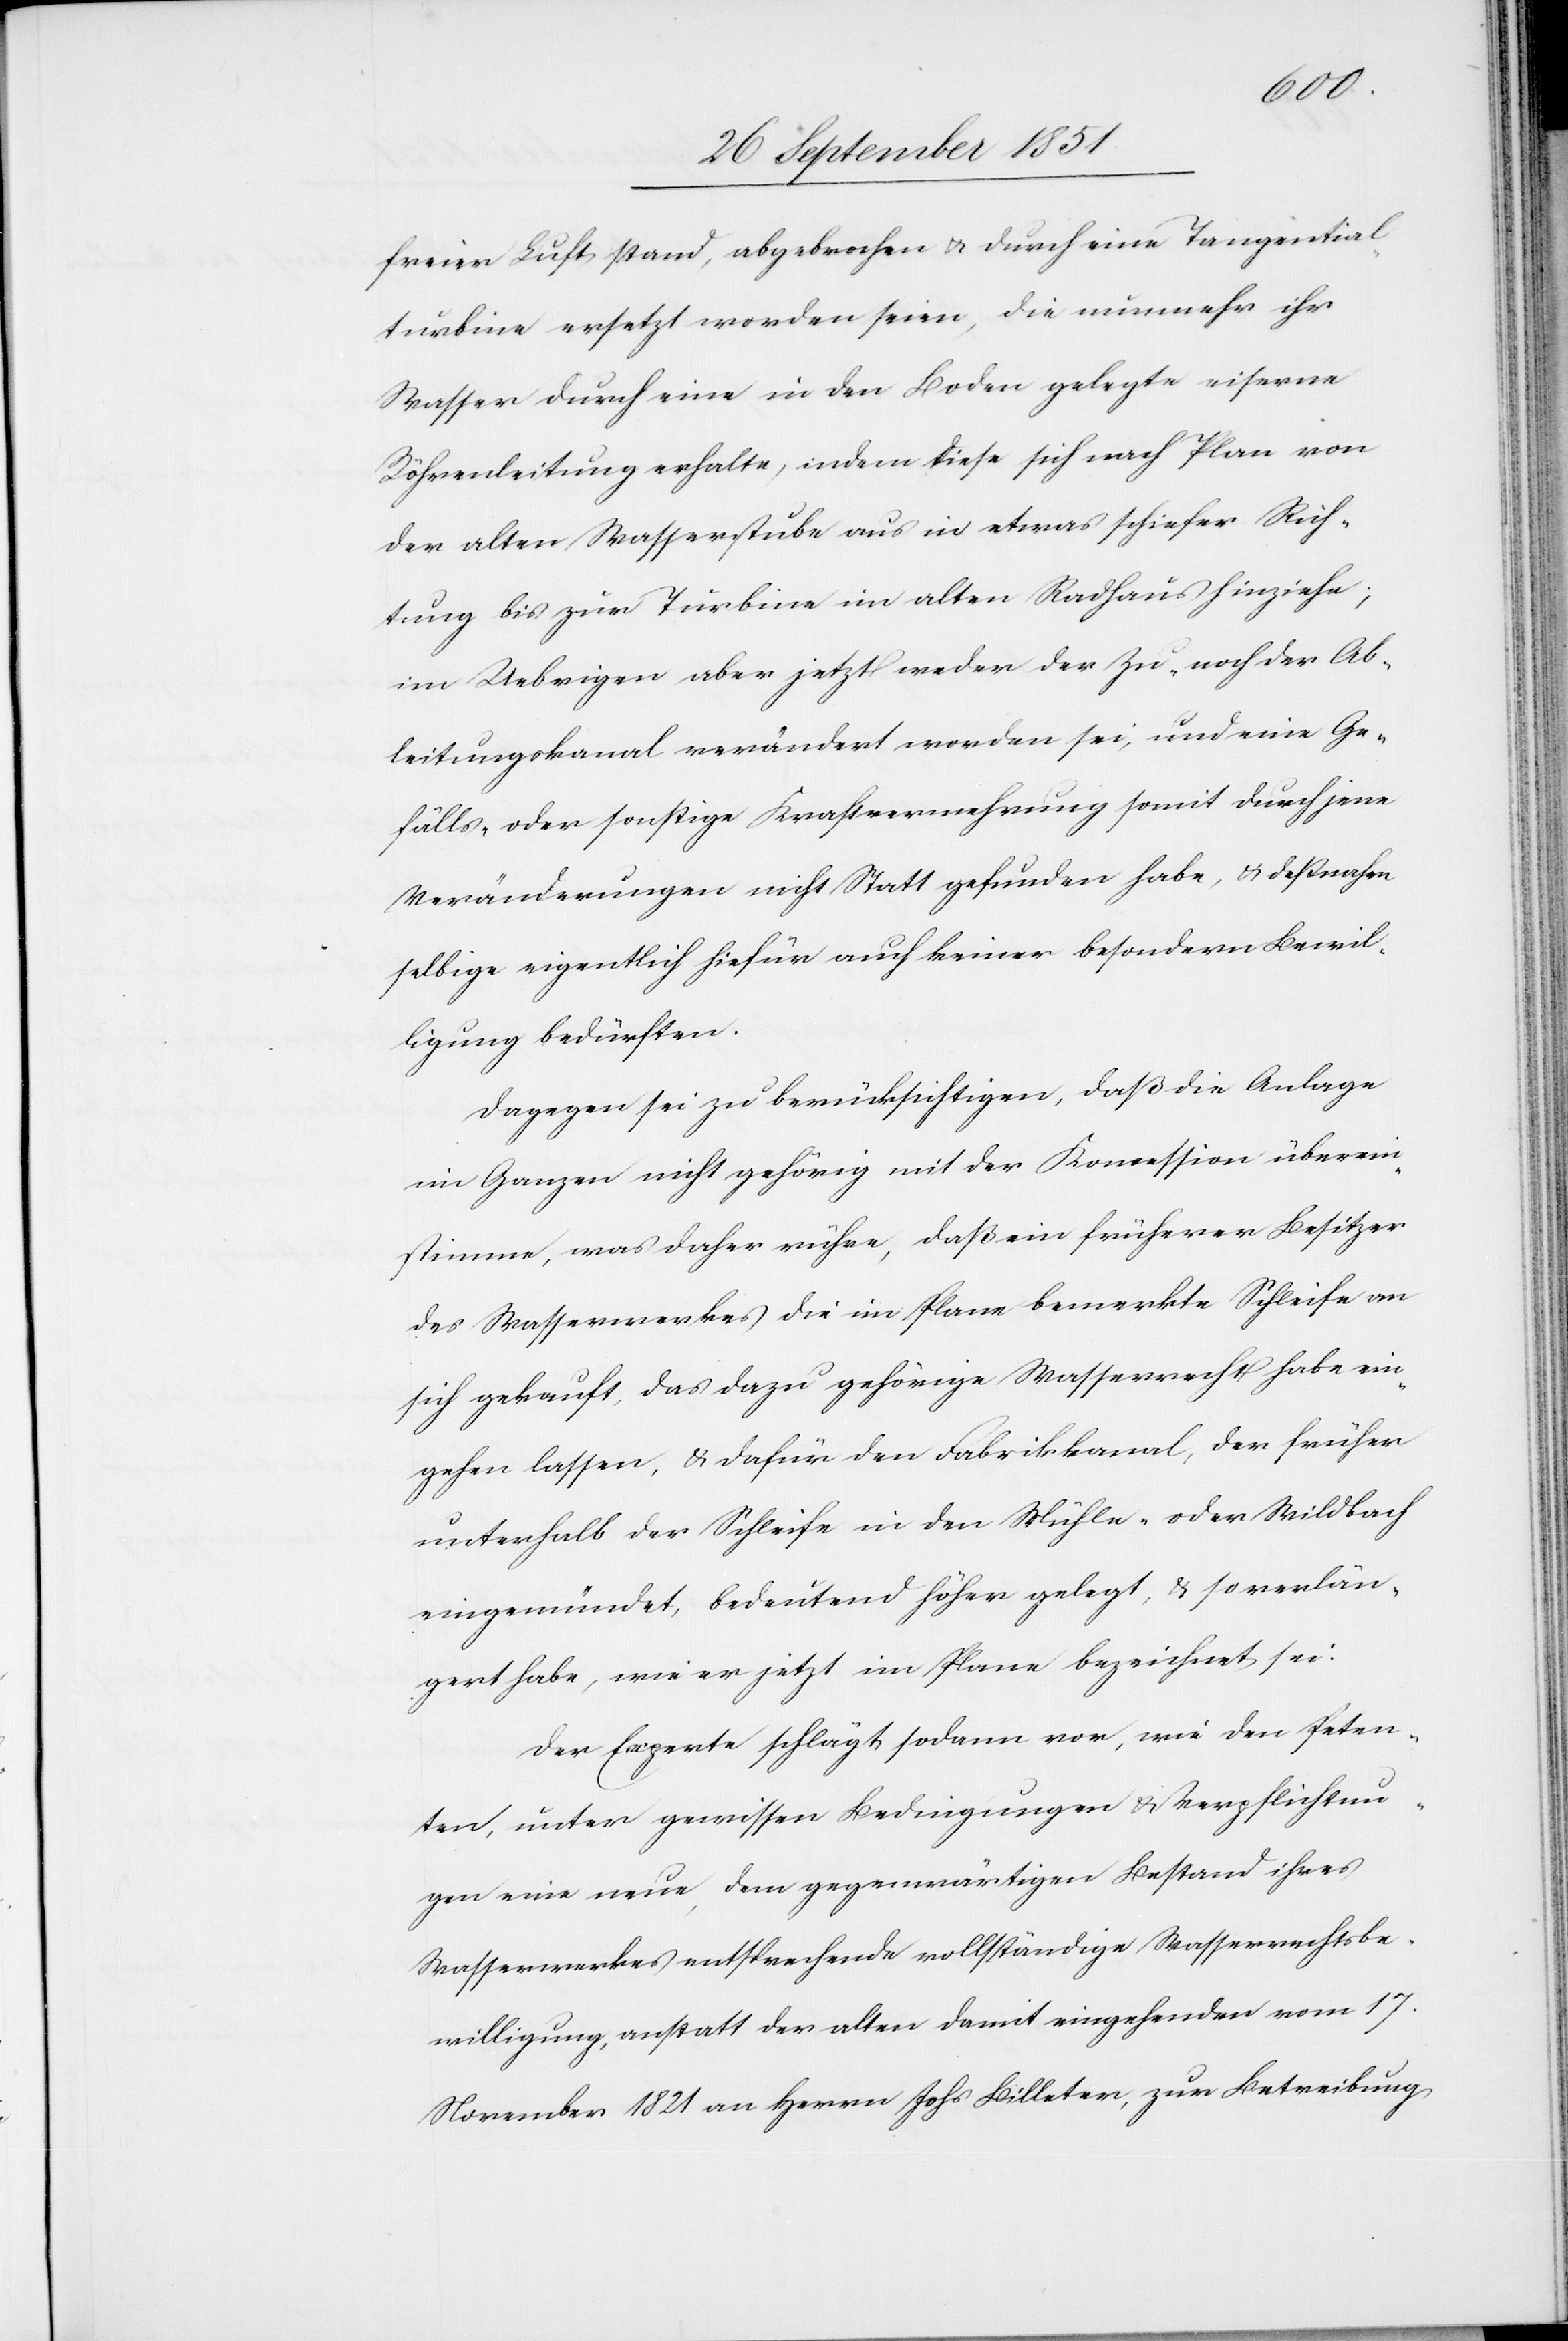
freier Luft stand, abgebrochen & durch eine Tangential¬
turbine ersetzt worden seien, die nunmehr ihr
Wasser durch eine in den Boden gelegte eiserne
Röhrenleitung erhalte, indem diese sich nach Plan von
der alten Wasserstube aus in etwas schiefer Rich¬
tung bis zur Turbine im alten Radhaus hinziehe;
im Uebrigen aber jetzt weder der Zu- noch der Ab¬
leitungskanal verändert worden sei, und eine Ge¬
fälls- oder sonstige Kraftvermehrung somit durch jene
Veränderungen nicht Statt gefunden habe, & deßnahen
selbige eigentlich hiefür auch keiner besondern Bewil¬
ligung bedürften.
Dagegen sei zu berücksichtigen, daß die Anlage
im Ganzen nicht gehörig mit der Koncession überein¬
stimme, was daher rühre, daß ein früherer Besitzer
des Wasserwerkes die im Plane bemerkte Schleife an
sich gekauft, das dazu gehörige Wasserrecht habe ein¬
gehen lassen, & dafür den Fabrikkanal, der früher
unterhalb der Schleife in den Mühle- oder Wildbach
eingemündet, bedeutend höher gelegt, & so verlän¬
gert habe, wie er jetzt im Plane bezeichnet sei.
Der Experte schlägt sodann vor, wie den Peten¬
ten, unter gewissen Bedingungen & Verpflichtun¬
gen eine neue, dem gegenwärtigen Bestand ihres
Wasserwerkes entsprechende vollständige Wasserrechtsbe¬
willigung, anstatt der alten damit eingehenden vom 17.
November 1821 an Herrn Johs Billeter, zur Betreibung